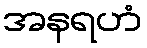
အနရဟံ